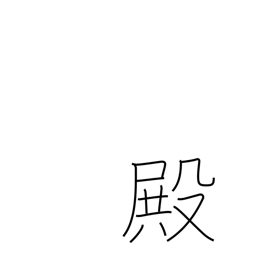
Meaning: Mr.